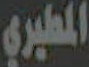
المطيري